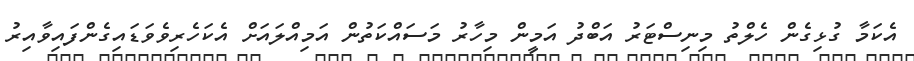
އެކަމާ ގުޅިގެން ހެލްތު މިނިސްޓަރު އަބްދު އަމީން މިހާރު މަސައްކަތުން އަމިއްލައަށް އެކަހެރިވެވަޑައިގެންފައިވާއިރު